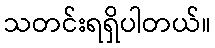
သတင်းရရှိပါတယ်။